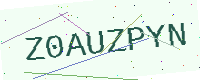
Text: Z0AUZPYN